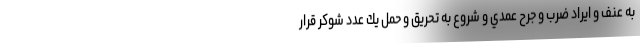
به عنف و ايراد ضرب و جرح عمدي و شروع به تحريق و حمل يك عدد شوكر قرار